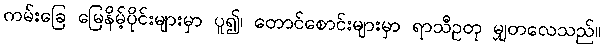
ကမ်းခြေ မြေနိမ့်ပိုင်းများမှာ ပူ၍၊ တောင်စောင်းများမှာ ရာသီဥတု မျှတလေသည်။